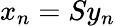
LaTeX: x_{n}=Sy_{n}